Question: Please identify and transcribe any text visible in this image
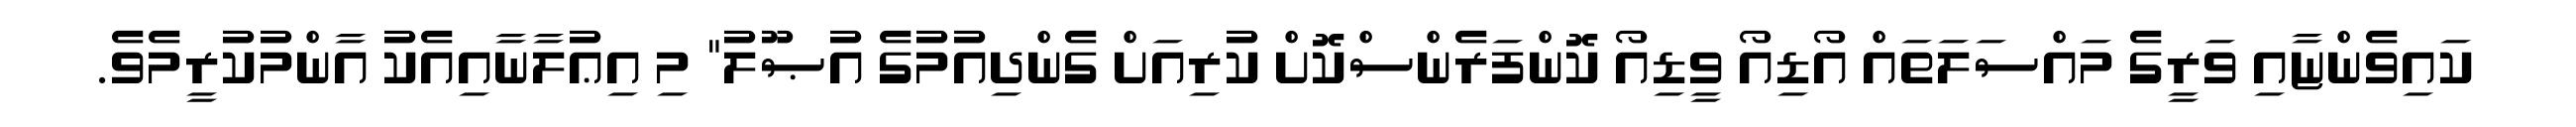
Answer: ކައިވެންޏާއި ވަރީގެ މައްސަލަތައް އޯޑިއޯ ވީޑިއޯ ކޮންފަރެންސްކޮށް ކުރިއަށް ގެންދިއުމުގެ އުޞޫލު" މި އިޢުލާނާއިއެކު އާންމުކުރީމެވެ.